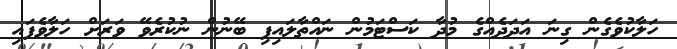
ހަލާކުވެގެން ގިނަ އަދަދެއްގެ މުދާ ކަސްޓަމުން ނައްތާލައިފި ބޭނުން ނުކުރެވޭ ވަރަށް ހަލާވެފައި